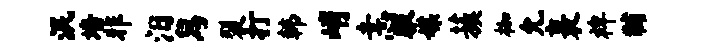
泯墙非汨舄裂打韩峭恚腋媒蔟枷允裹裨黼